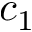
c _ { 1 }